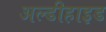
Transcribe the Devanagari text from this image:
अल्डीहाइड